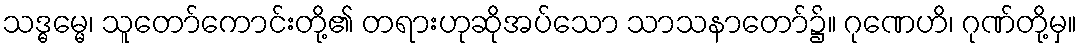
သဒ္ဓမ္မေ၊ သူတော်ကောင်းတို့၏ တရားဟုဆိုအပ်သော သာသနာတော်၌။ ဂုဏေဟိ၊ ဂုဏ်တို့မှ။